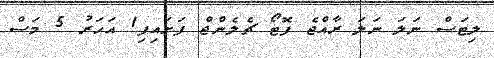
ލިޓަސް ނަލަ ނަލަ ރާއްޖެ ފޮޓޯ ޗެލެންޖް ފަށައިފި1 އަހަރު 5 މަސް